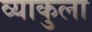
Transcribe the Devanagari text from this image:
व्याकुला